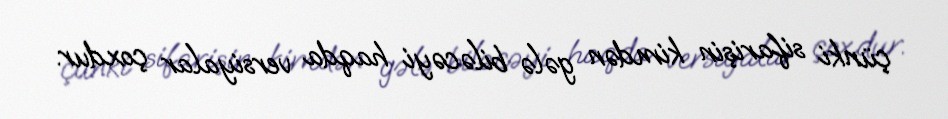
çünki sifarişin kimdən gələ biləcəyi haqda versiyalar çoxdur.